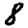
Digit: 8